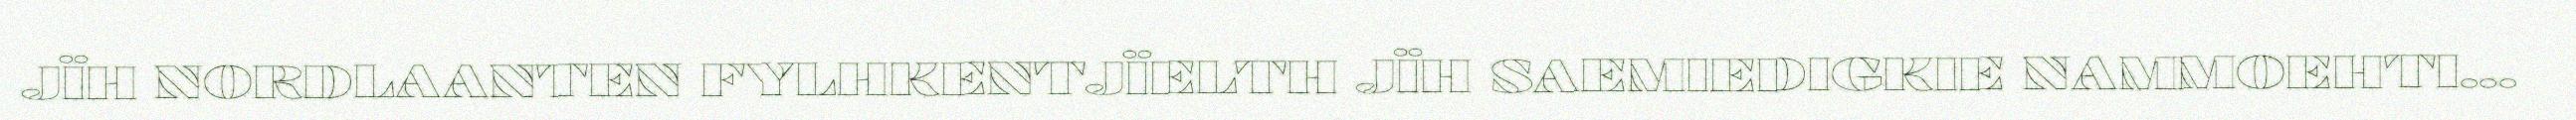
JÏH NORDLAANTEN FYLHKENTJÏELTH JÏH SAEMIEDIGKIE NAMMOEHTI...